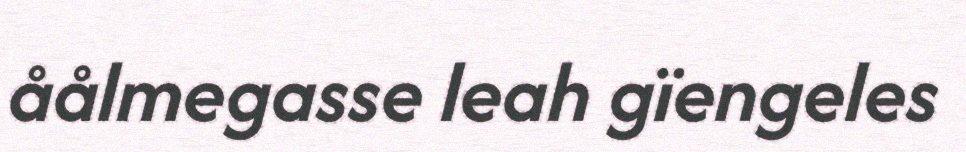
åålmegasse leah gïengeles